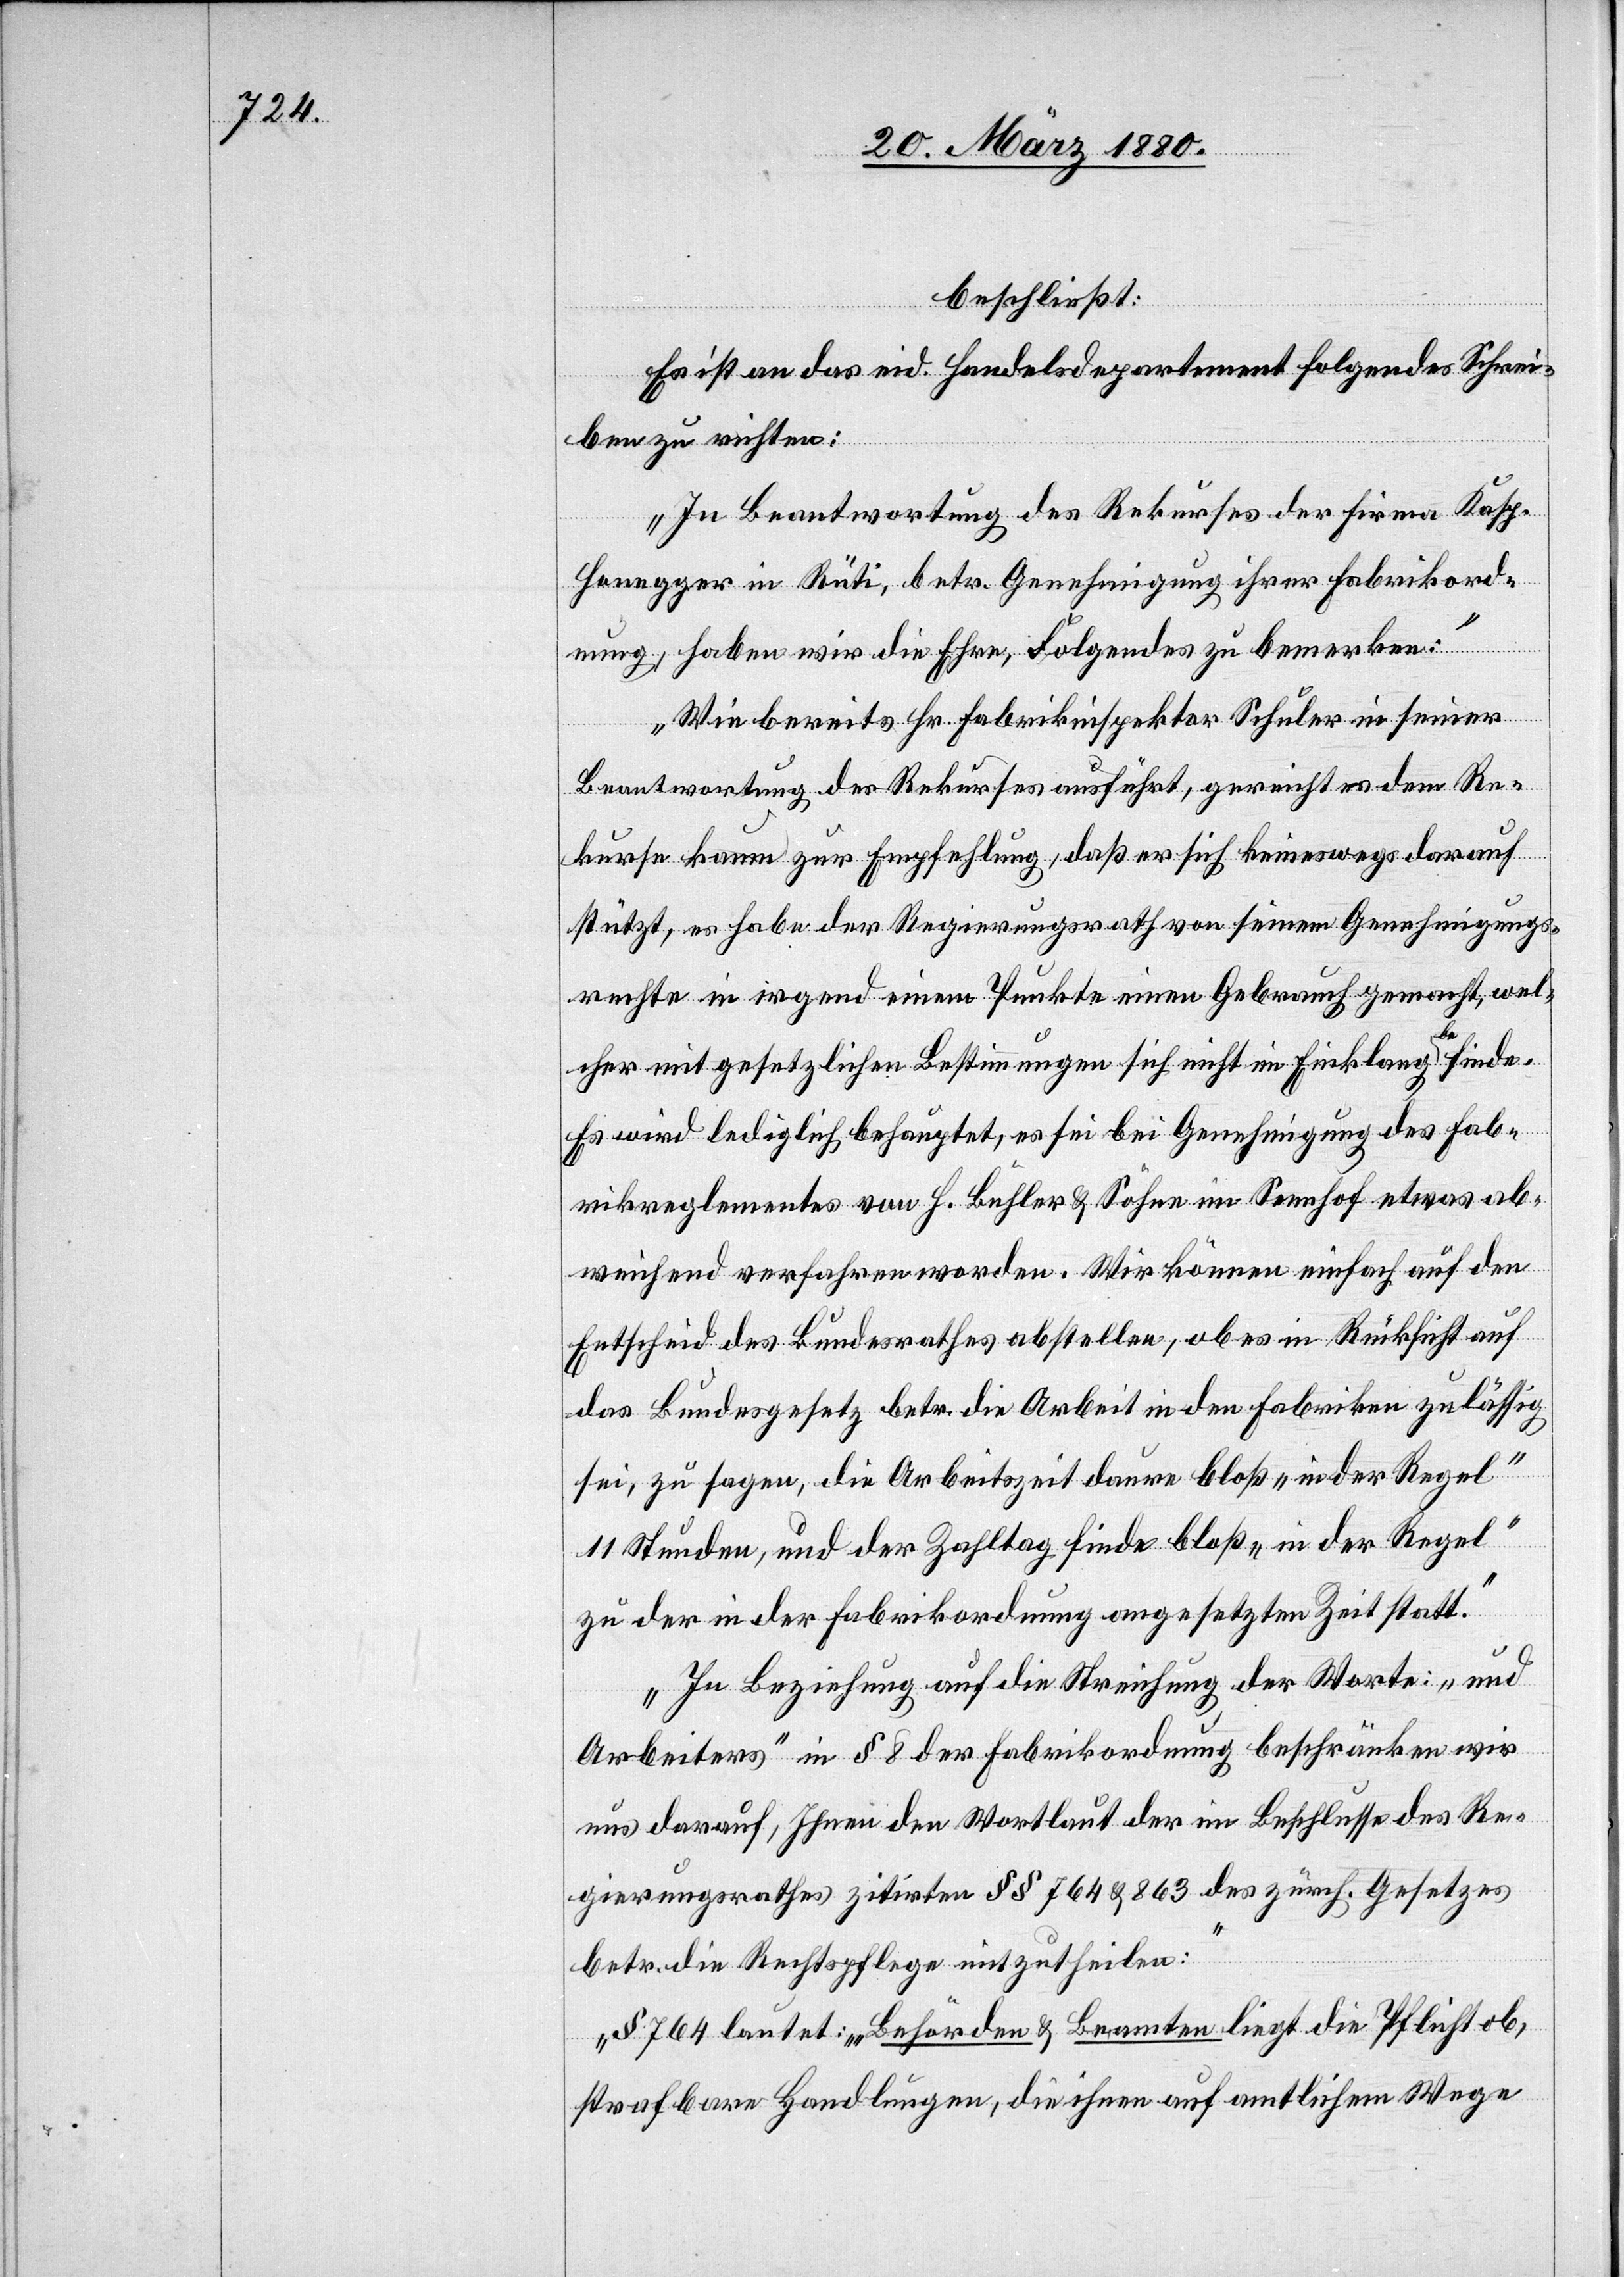
finde.
beschließt:
Es ist an das eid. Handelsdepartement folgendes Schrei¬
ben zu richten:
„In Beantwortung des Rekurses der Firma Kasp.
Honegger in Rüti, betr. Genehmigung ihrer Fabrikord¬
nung, haben wir die Ehre, Folgendes zu bemerken:
Wie bereits Hr. Fabrikinspektor Schuler in seiner
Beantwortung des Rekurses ausführt, gereicht es dem Re¬
kurse kaum zur Empfehlung, daß er sich keineswegs darauf
stützt, es habe der Regierungsrath von seinem Genehmigungs¬
rechte in irgend einem Punkte einen Gebrauch gemacht, wel¬
cher mit gesetzlichen Bestimmungen sich nicht im Einklang a-be-a¬
Es wird lediglich behauptet, es sei bei Genehmigung des Fab¬
rikreglementes von H. Bühler & Sohn im Sennhof etwas ab¬
weichend verfahren worden. Wir können einfach auf den
Entscheid des Bundesrathes abstellen, ob es in Rücksicht auf
das Bundesgesetz betr. die Arbeit in den Fabriken zulässig
sei, zu sagen, die Arbeitszeit daure bloß „in der Regel“
11 Stunden, und der Zahltag finde bloß „in der Regel“
zu der in der Fabrikordnung angesetzten Zeit statt.
In Beziehung auf die Streichung der Worte: „und
Arbeiters“ in § 8 der Fabrikordnung beschränken wir
uns darauf, Ihnen den Wortlaut der im Beschlusse des Re¬
gierungsrathes zitirten §§ 764 & 863 des zürch. Gesetzes
betr. die Rechtspflege mitzutheilen:
§ 764 lautet: „Behörden & Beamten liegt die Pflicht ob,
strafbare Handlungen, die ihnen auf amtlichem Wege